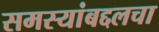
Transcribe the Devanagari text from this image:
समस्यांबद्दलचा